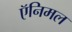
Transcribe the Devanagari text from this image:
ऍनिमल